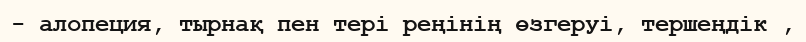
- алопеция, тырнақ пен тері реңінің өзгеруі, тершеңдік ,